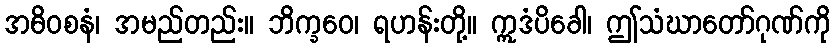
အဓိဝစနံ၊ အမည်တည်း။ ဘိက္ခဝေ၊ ရဟန်းတို့။ ဣဒံပိခေါ၊ ဤသံဃာတော်ဂုဏ်ကို